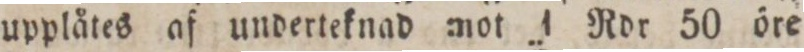
upplåtes af underteknad :not 1 Rdr 50 öre